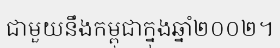
ជាមួយនឹងកម្ពុជាក្នុងឆ្នាំ២០០២។